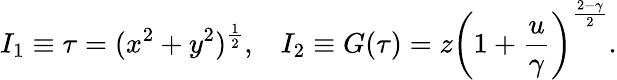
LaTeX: I_{1}\equiv\tau=(x^{2}+y^{2})^{\frac{1}{2}},\; \; \; I_{2}\equiv G(\tau)=z\left(1+{\frac{u}{\gamma}}\right)^{\frac{2-\gamma}{2}}.